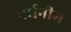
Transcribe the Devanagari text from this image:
वर्धनीम